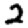
Digit: 2